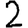
Digit: 2